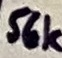
Text: 56k